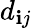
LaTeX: d_{\mathbf{i}j}